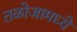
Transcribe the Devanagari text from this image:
तळोजामध्ये